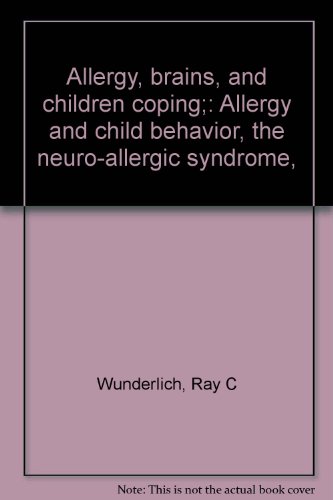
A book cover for Allergy, brains, and children coping;: Allergy and child behavior, the neuro-allergic syndrome,; Ray C Wunderlich; Health, Fitness & Dieting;